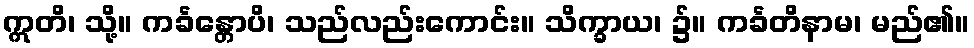
ဣတိ၊ သို့။ ကင်္ခန္တောပိ၊ သည်လည်းကောင်း။ သိက္ခာယ၊ ၌။ ကင်္ခတိနာမ၊ မည်၏။